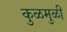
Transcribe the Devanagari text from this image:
कुळमुळी